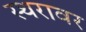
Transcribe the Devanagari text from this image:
स्थरावर